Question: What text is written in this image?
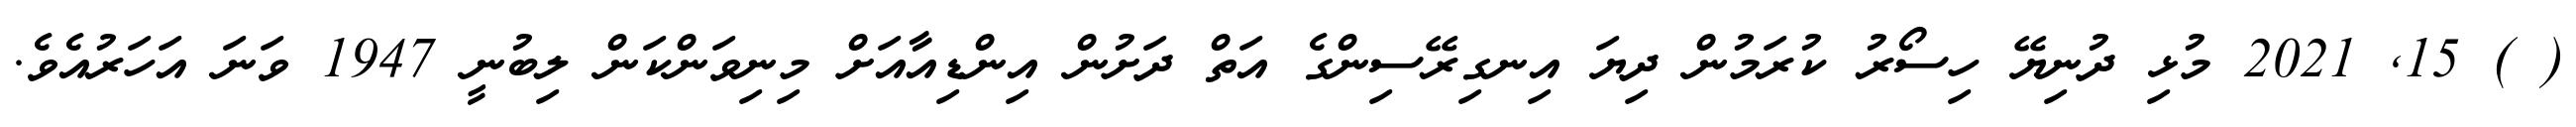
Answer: ( ) 15, 2021 މުޅި ދުނިޔޭ ހިސޯރު ކުރަމުން ދިޔަ އިނގިރޭސިންގެ އަތް ދަށުން އިންޑިއާއަށް މިނިވަންކަން ލިބުނީ 1947 ވަނަ އަހަރުއެވެ.